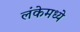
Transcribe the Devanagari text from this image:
लंकेमध्ये